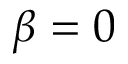
\beta = 0